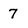
Character: 7